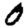
Digit: 0